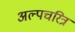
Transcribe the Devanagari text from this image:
अल्पचरित्र